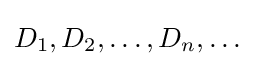
D_{1},D_{2},\dots ,D_{n},\dots